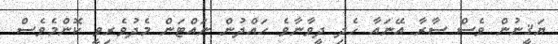
ޔަޤީނުން ވެސް ސާރާ އޭނައާ ހެދި ދީވާނާވެ ހައްދުން ނައްޓަން މެދުވެރިވީ ކޮންމެވެސް